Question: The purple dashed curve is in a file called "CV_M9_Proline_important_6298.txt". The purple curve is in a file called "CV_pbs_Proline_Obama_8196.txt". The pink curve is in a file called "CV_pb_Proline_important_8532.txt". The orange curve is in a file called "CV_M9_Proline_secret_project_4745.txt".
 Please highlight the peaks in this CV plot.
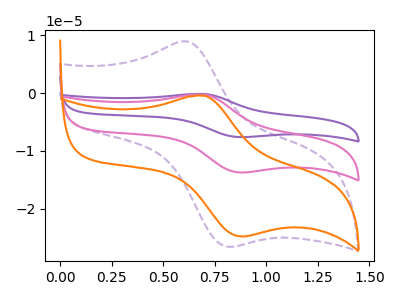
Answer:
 <answer>The purple dashed curve "Proline M9" has an anodic peak at (0.60V, 8.90uA) and a cathodic peak at (0.80V, -26.60uA). The purple curve "Proline pbs" has an anodic peak at (0.70V, -0.50uA) and a cathodic peak at (0.90V, -27.50uA). The pink curve "Proline pb" has an anodic peak at (0.70V, -0.25uA) and a cathodic peak at (0.90V, -13.75uA). The orange curve "Proline M9" has an anodic peak at (0.70V, -0.45uA) and a cathodic peak at (0.90V, -24.85uA).</answer>
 <eval></eval>